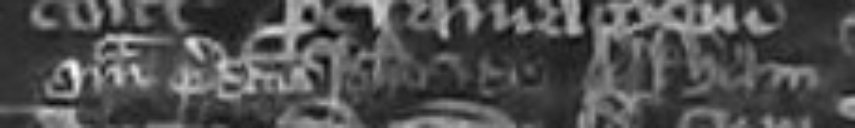
quam predictus Johannes de Arkham